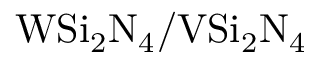
\mathrm { W S i _ { 2 } N _ { 4 } / V S i _ { 2 } N _ { 4 } }